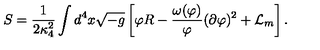
S = \frac { 1 } { 2 \kappa _ { 4 } ^ { 2 } } \int d ^ { 4 } x \sqrt { - g } \left[ \varphi R - \frac { \omega ( \varphi ) } { \varphi } ( \partial \varphi ) ^ { 2 } + { \cal L } _ { m } \right] .